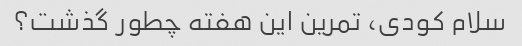
سلام کودی، تمرین این هفته چطور گذشت؟